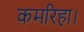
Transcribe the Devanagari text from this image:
कमरिहा।